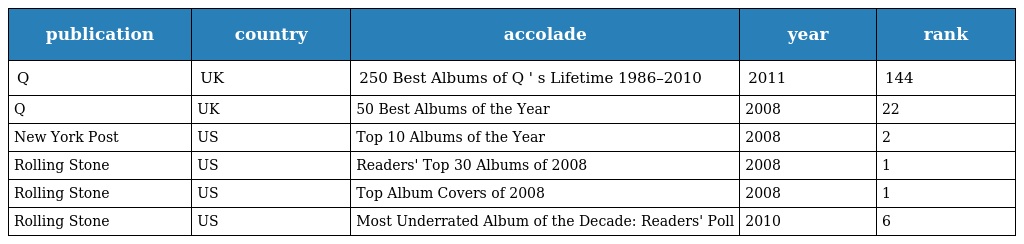
| publication | country | accolade | year | rank |
 | --- | --- | --- | --- | --- |
 | Q | UK | 250 Best Albums of Q ' s Lifetime 1986–2010 | 2011 | 144 |
 | Q | UK | 50 Best Albums of the Year | 2008 | 22 |
 | New York Post | US | Top 10 Albums of the Year | 2008 | 2 |
 | Rolling Stone | US | Readers' Top 30 Albums of 2008 | 2008 | 1 |
 | Rolling Stone | US | Top Album Covers of 2008 | 2008 | 1 |
 | Rolling Stone | US | Most Underrated Album of the Decade: Readers' Poll | 2010 | 6 |